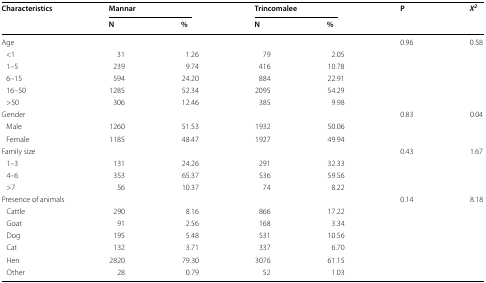
<table><thead><tr><td rowspan="2"><b>Characteristics</b></td><td colspan="2"><b>Mannar</b></td><td colspan="2"><b>Trincomalee</b></td><td rowspan="2"><b>P</b></td><td rowspan="2"><b><i>X</i><sup><i>2</i></sup></b></td></tr><tr><td><b>N</b></td><td><b>%</b></td><td><b>N</b></td><td><b>%</b></td></tr></thead><tbody><tr><td colspan="5">Age</td><td rowspan="6">0.96</td><td rowspan="6">0.58</td></tr><tr><td> &lt;1</td><td>31</td><td>1.26</td><td>79</td><td>2.05</td></tr><tr><td> 1–5</td><td>239</td><td>9.74</td><td>416</td><td>10.78</td></tr><tr><td> 6–15</td><td>594</td><td>24.20</td><td>884</td><td>22.91</td></tr><tr><td> 16–50</td><td>1285</td><td>52.34</td><td>2095</td><td>54.29</td></tr><tr><td> &gt;50</td><td>306</td><td>12.46</td><td>385</td><td>9.98</td></tr><tr><td colspan="5">Gender</td><td rowspan="3">0.83</td><td rowspan="3">0.04</td></tr><tr><td> Male</td><td>1260</td><td>51.53</td><td>1932</td><td>50.06</td></tr><tr><td> Female</td><td>1185</td><td>48.47</td><td>1927</td><td>49.94</td></tr><tr><td colspan="5">Family size</td><td rowspan="4">0.43</td><td rowspan="4">1.67</td></tr><tr><td> 1–3</td><td>131</td><td>24.26</td><td>291</td><td>32.33</td></tr><tr><td> 4–6</td><td>353</td><td>65.37</td><td>536</td><td>59.56</td></tr><tr><td> &gt;7</td><td>56</td><td>10.37</td><td>74</td><td>8.22</td></tr><tr><td colspan="5">Presence of animals</td><td rowspan="7">0.14</td><td rowspan="7">8.18</td></tr><tr><td> Cattle</td><td>290</td><td>8.16</td><td>866</td><td>17.22</td></tr><tr><td> Goat</td><td>91</td><td>2.56</td><td>168</td><td>3.34</td></tr><tr><td> Dog</td><td>195</td><td>5.48</td><td>531</td><td>10.56</td></tr><tr><td> Cat</td><td>132</td><td>3.71</td><td>337</td><td>6.70</td></tr><tr><td> Hen</td><td>2820</td><td>79.30</td><td>3076</td><td>61.15</td></tr><tr><td> Other</td><td>28</td><td>0.79</td><td>52</td><td>1.03</td></tr></tbody></table>